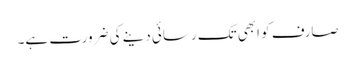
صارف کو ابھی تک رسائی دینے کی ضرورت ہے۔